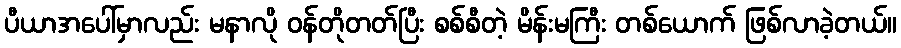
ပီယာအပေါ်မှာလည်း မနာလို ဝန်တိုတတ်ပြီး စစ်စီတဲ့ မိန်းမကြီး တစ်ယောက် ဖြစ်လာခဲ့တယ်။